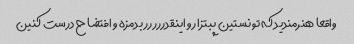
واقعا هنرمندید که تونستین پبتزا رو اینقدررررر بدمزه و افتضاح درست کنین